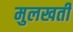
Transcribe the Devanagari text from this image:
मुलखती